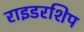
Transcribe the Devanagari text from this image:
राइडरशिप